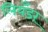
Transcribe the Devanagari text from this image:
लियँडर